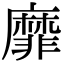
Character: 靡